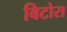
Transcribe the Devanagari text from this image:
बिटोरा